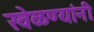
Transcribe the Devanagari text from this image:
खेळण्यांनी